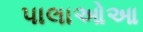
પાલાઓઆ